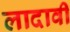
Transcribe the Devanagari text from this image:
लादावी